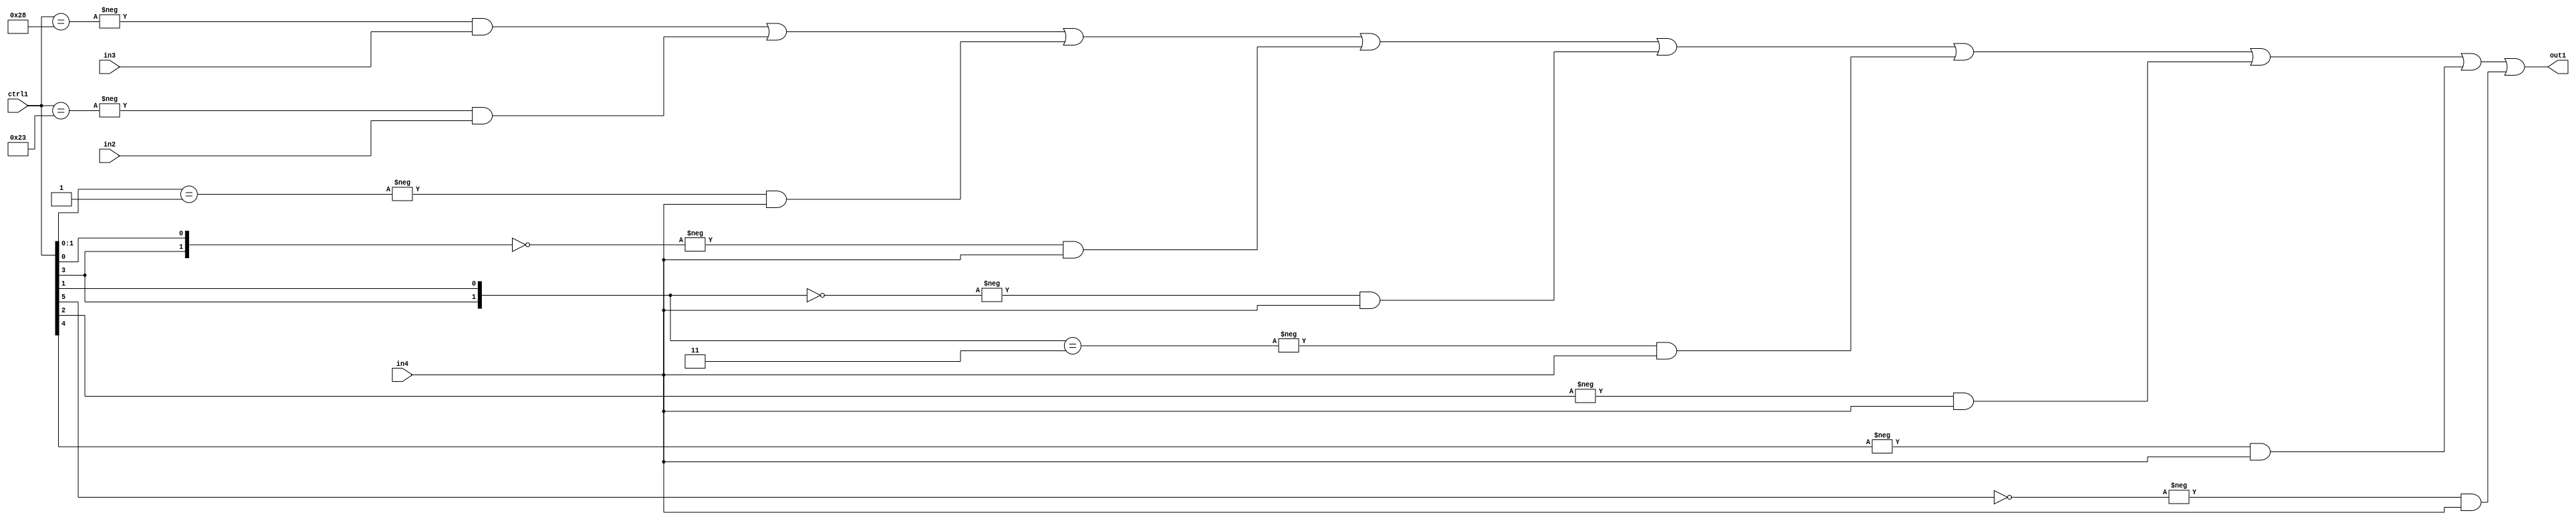
`timescale 1ps / 1ps
/*****************************************************************************
    Verilog RTL Description
    
    
    Created by: Stratus DpOpt 21.05.01 
*******************************************************************************/

module SobelFilter_N_Mux_32_3_76_4 (
	in4,
	in3,
	in2,
	ctrl1,
	out1
	); /* architecture "behavioural" */ 
input [31:0] in4;
input [8:0] in3,
	in2;
input [5:0] ctrl1;
output [31:0] out1;
wire [31:0] asc001;

assign asc001 = 
	-{ctrl1 == 6'B101000} & in3 |
	-{ctrl1 == 6'B100011} & in2 |
	-{ctrl1[1:0] == 2'B01} & in4 |
	-{{ctrl1[3], ctrl1[0]} == 2'B00} & in4 |
	-{{ctrl1[3], ctrl1[1]} == 2'B00} & in4 |
	-{{ctrl1[3], ctrl1[1]} == 2'B11} & in4 |
	-{ctrl1[2] == 1'B1} & in4 |
	-{ctrl1[4] == 1'B1} & in4 |
	-{ctrl1[5] == 1'B0} & in4 ;

assign out1 = asc001;
endmodule

/* CADENCE  vrP3TQ0= : u9/ySxbfrwZIxEzHVQQV8Q== ** DO NOT EDIT THIS LINE ******/